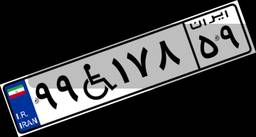
۳۷W۳۶۸۸۵